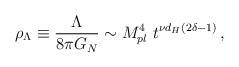
\begin{align*}\rho_{\Lambda} \equiv {\Lambda \over 8\pi G_N}\sim M_{pl}^4\ t^{\nu d_H (2\delta -1)}\,,\end{align*}